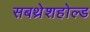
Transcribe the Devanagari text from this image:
सबथ्रेशहोल्ड